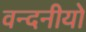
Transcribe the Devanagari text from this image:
वन्दनीयो